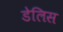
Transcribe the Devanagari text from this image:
डेलिस